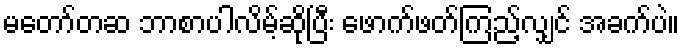
မတော်တဆ ဘာစာပါလိမ့်ဆိုပြီး ဖောက်ဖတ်ကြည့်လျှင် အခက်ပဲ။